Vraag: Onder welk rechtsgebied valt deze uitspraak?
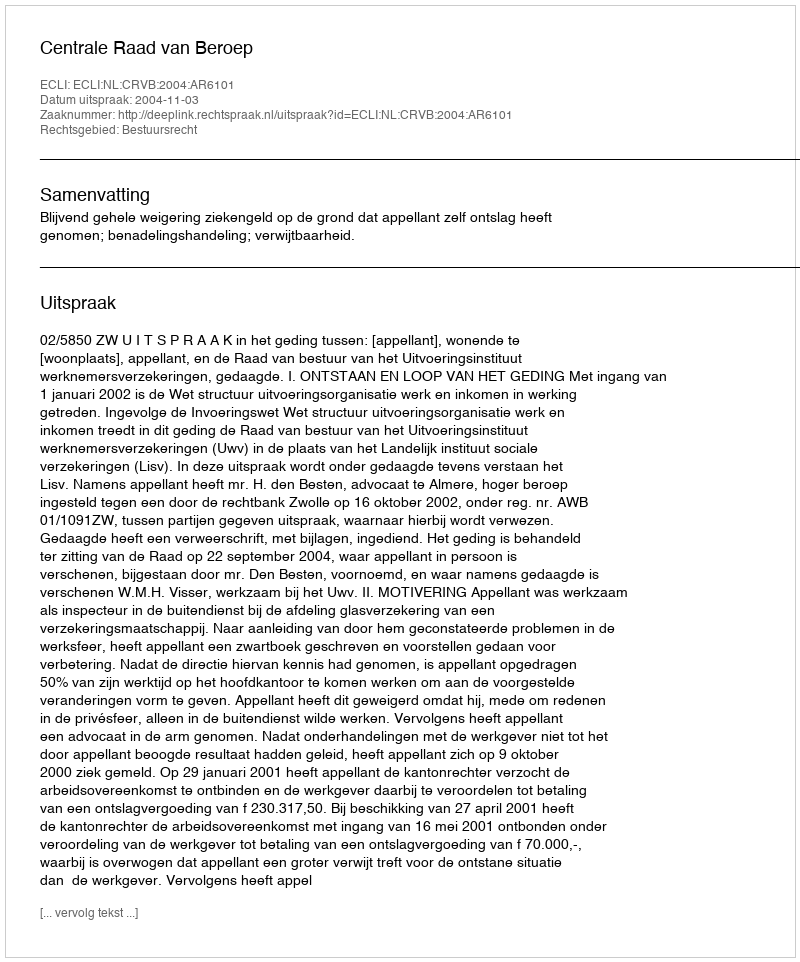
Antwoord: Bestuursrecht